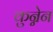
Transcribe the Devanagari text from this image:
कुन्नेन